Senior Leaving Certificate Examination (including Day School Certificate (Higher) General paper), 1949
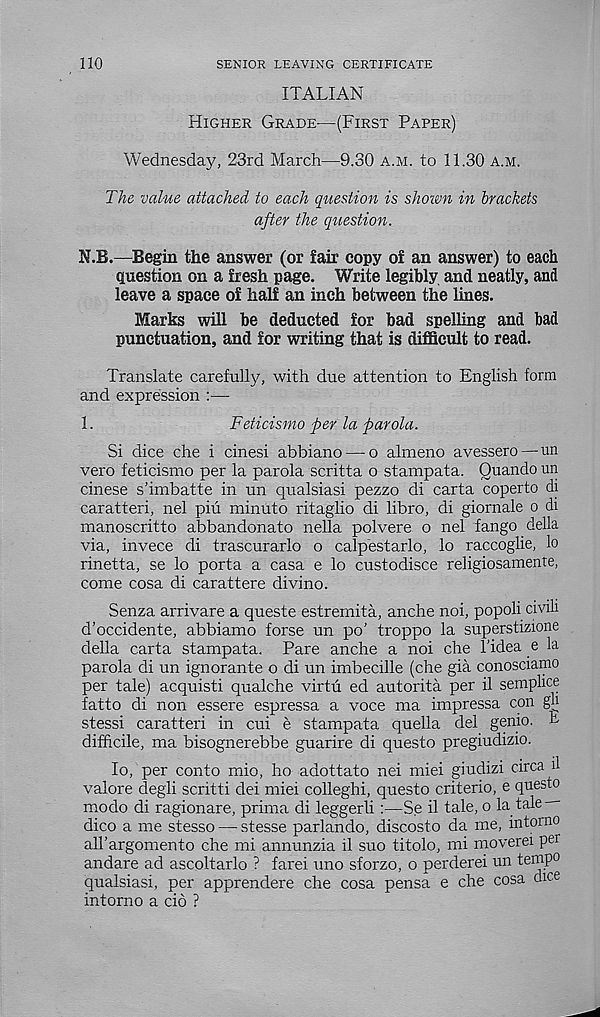
110
SENIOR LEAVING CERTIFICATE
ITALIAN
Higher Grade—(First Paper)
Wednesday, 23rd March—9.30 a.m. to 11.30 a.m.
The value attached to each question is shoim in brackets
after the question.
N.B.—Begin the answer (or fair copy of an answer) to each
question on a fresh page. Write legibly and neatly, and
leave a space of half an inch between the lines.
Marks will be deducted for bad spelling and bad
punctuation, and for writing that is difficult to read.
Translate carefully, with due attention to English form
and expression :—
1.
Feticismo per la parola.
Si dice che i cinesi abbiano — o almeno avessero — un
vero feticismo per la parola scritta o stampata. Quando un
cinese s’imbatte in un qualsiasi pezzo di carta coperto di
caratteri, nel piu minuto ritaglio di libro, di giornale o di
manoscritto abbandonato nella polvere o nel fango della
via, invece di trascurarlo o calpestarlo, lo raccoglie, lo
rinetta, se lo porta a casa e lo custodisce religiosamente,
come cosa di carattere divino.
Senza arrivare a queste estremita, anche noi, popoli civili
d’occidente, abbiamo forse un po’ troppo la superstizione
della carta stampata. Pare anche a noi che 1’idea e la
parola di un ignorante o di un imbecille (che gia conosciamo
per tale) acquisti qualche virtu ed autorita per il semplice
fatto di non essere espressa a voce ma impressa con gu
stessi caratteri in cui e stampata quella del genio. L
difficile, ma bisognerebbe guarire di questo pregiudizio.
lo, per conto mio, ho adottato nei miei giudizi circa il
valore degli scritti dei miei colleghi, questo criterio, e questo
modo di ragionare, prima di leggerli:—Se il tale, o la tale ^
dico a me stesso — stesse parlando, discosto da me, intorno
airargomento che mi annunzia il suo titolo, mi moverei pet
andare ad ascoltarlo ? farei uno sforzo, o perderei un tempo
qualsiasi, per apprendere che cosa pensa e che cosa dice
intorno a cio ?